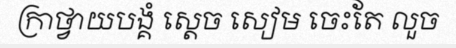
ក្រាថ្វាយបង្គំ ស្តេច សៀម ចេះតែ លួច